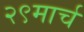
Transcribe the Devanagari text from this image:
२९मार्च